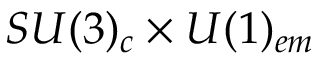
S U ( 3 ) _ { c } \times U ( 1 ) _ { e m }